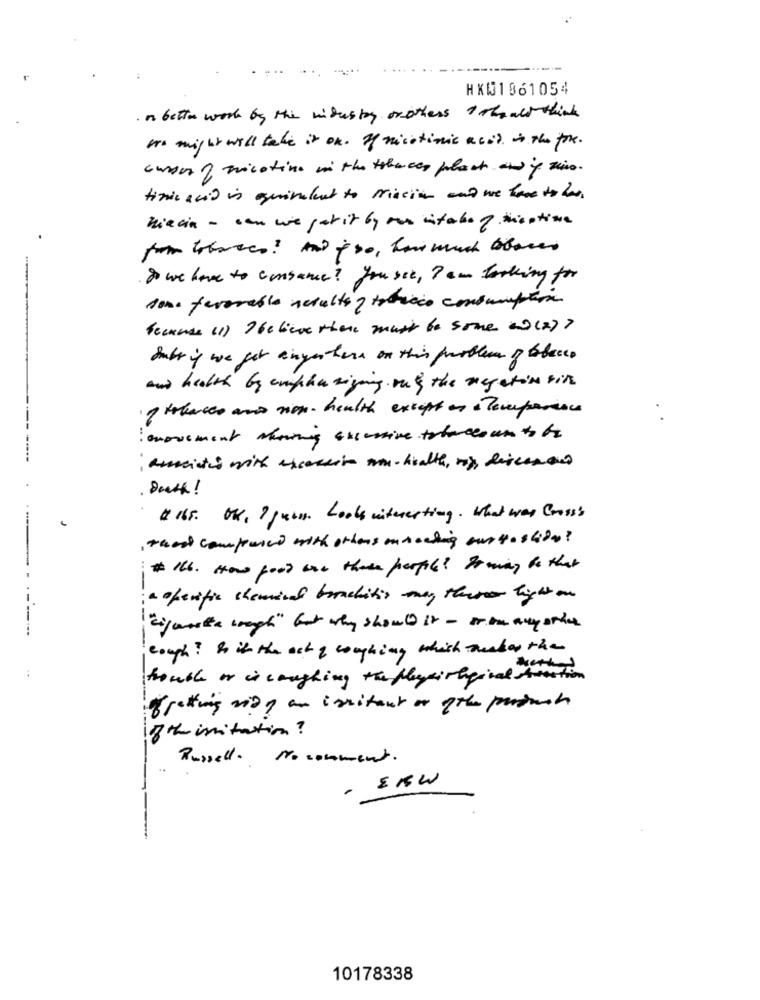
HX01861054
· n better work by the virus ty or others 1 should think
to might will take it on. If nicotinic acid is the fore .
super of tricotine in the tahaces plant and if zio.
timic acid in quinalent to mission and we have to has.
niacin - con we petit by our vitale? theative
Do we have to consauce ? you set , I am looking for
some favorable results ? toricco consumption
Recuerde (1) I believe there must be some ( (2)?
Subs if we get anywhere on this problem of tobacco
and health by emphasiging out the megatin bir
1 tohaces and non- health except as a Temperance
amovement showing successive tobaccoan tos
; ammeisten with excessive min-health, mix, discesans
Death !
# 165. OK, I guess. Looks interesting . What was Cross
, that compared with others onaching curtoscion?
# 166 . How good and theme perfil ? Do ming be that
a openific chemical bronchitis may there light on
--.
"ijusta cough" but why should it - iron any other
cough ? Is it the act & coughing which weskar the
trouble or is coughing the flexivaginal fraction
fretting rio an imitant or the product
if th imitation ?
Russell. Nocomment.
EKW
-
10178338